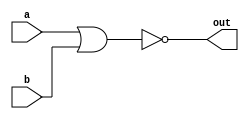
module norgate( 
    input a, 
    input b, 
    output out );
    assign out=~(a|b);
endmodule